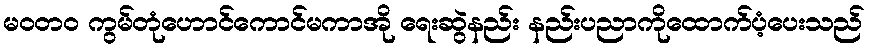
မဝတ၀ ကွမ်တုံဟောင်ကောင်မကာအို ရေးဆွဲနည်း နည်းပညာကိုထောက်ပံ့ပေးသည်